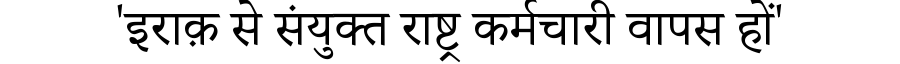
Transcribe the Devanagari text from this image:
'इराक़ से संयुक्त राष्ट्र कर्मचारी वापस हों'